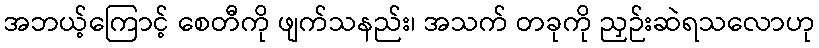
အဘယ့်ကြောင့် စေတီကို ဖျက်သနည်း၊ အသက် တခုကို ညှဉ်းဆဲရသလောဟု